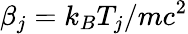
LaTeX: \beta_{j}=k_{B}T_{j}/mc^{2}